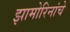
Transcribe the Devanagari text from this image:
झामोरिनांचे